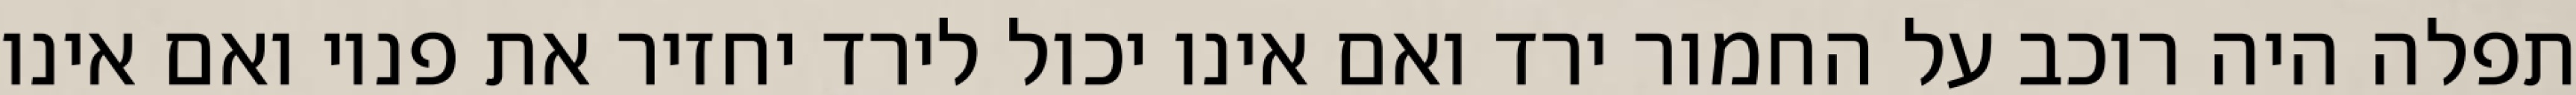
תפלה היה רוכב על החמור ירד ואם אינו יכול לירד יחזיר את פניו ואם אינו